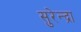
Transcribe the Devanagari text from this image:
सुरेन्द्रा